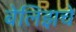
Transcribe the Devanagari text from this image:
बेलिझचे